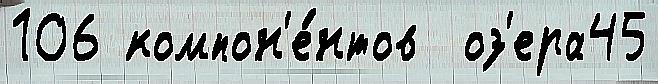
106 компон'е́нтов  оз'ера45